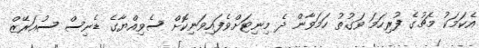
އެކަމަކު މެޗުގެ ފުރިހަމަ ވަގުތު ހަމަވާން ދެ މިނިޓަށްވެފައިވަނިކޮށް ސެވިއްޔާގެ ޑެނިސް ސުއަރޭޒް